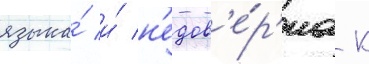
языка́ и́ н'едов'е́р'иа к